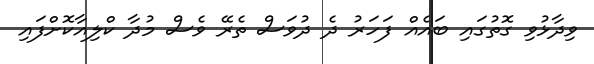
ވިދާޅުވި ގޮތުގައި ބައެއް ފަހަރު ދެ ދުވަސް ތެރޭ ވެސް މުދާ ކްލިއާކޮށްފައި